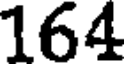
164